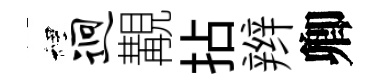
裡迥覯拈辫卿